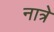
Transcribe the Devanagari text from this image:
नात्रे